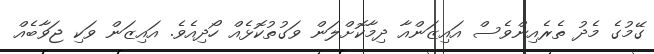
ގޭމުގެ މެދު ތެރެއިންވެސް އައިޒަންއާ ދިމާކޮށްލަން ވަގުތުކޮޅެއް ހޯދިއެވެ. އައިޒަން ވަކި ޖަވާބެއް